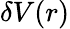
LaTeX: \delta V(r)